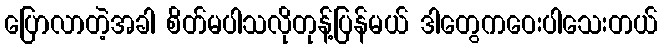
ပြောလာတဲ့အခါ စိတ်မပါသလိုတုန့်ပြန်မယ် ဒါတွေကဝေးပါသေးတယ်